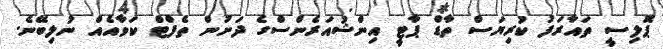
ޕޮލިސީ ތައާރަފު ކުރިޔަސް ތާޑް ޕާޓީ އިންޝުއަރެންސްގެ ދަށުން ތެފްޓް ކަވާއެއް ނުލިބޭނެ.